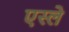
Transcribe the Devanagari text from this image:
एस्ले